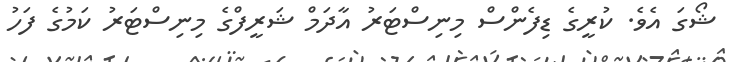
ޝޯގަ އެވެ. ކުރީގެ ޑިފެންސް މިނިސްޓަރު އާދަމް ޝަރީފްގެ މިނިސްޓަރު ކަމުގެ ފަހު